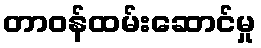
တာဝန်ထမ်းဆောင်မှု